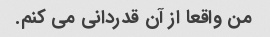
من واقعا از آن قدردانی می کنم.